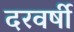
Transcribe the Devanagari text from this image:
दरवर्षी